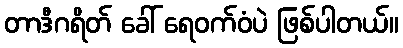
တာဒီဂရိတ် ခေါ် ရေဝက်ဝံပဲ ဖြစ်ပါတယ်။